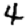
Digit: 4